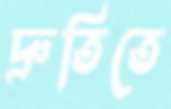
দ্রুতিতে